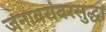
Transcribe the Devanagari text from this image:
जनावरांवरसुद्धा